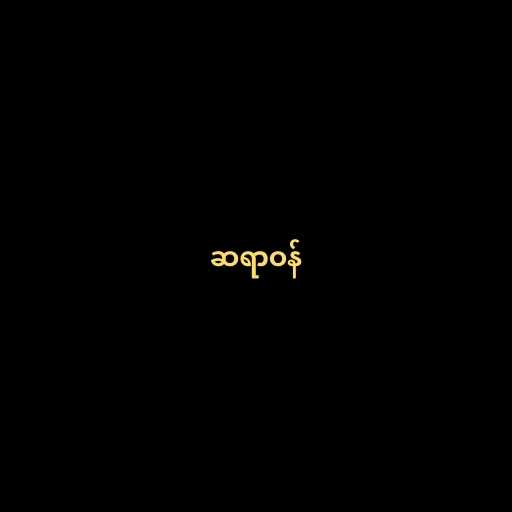
ဆရာဝန်